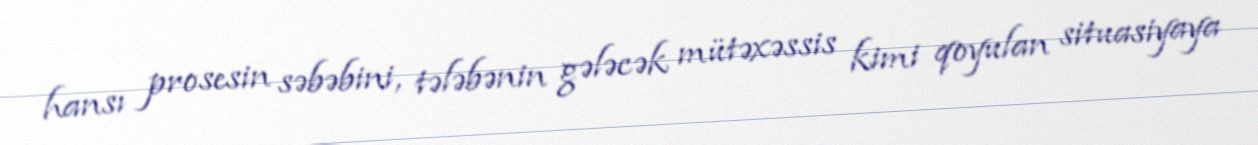
hansı prosesin səbəbini, tələbənin gələcək mütəxəssis kimi qoyulan situasiyaya